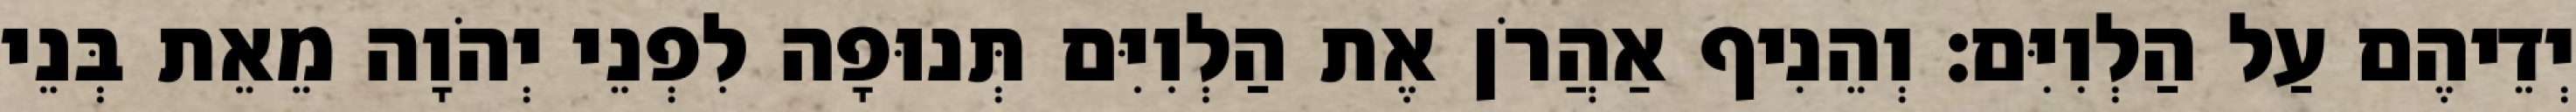
יְדֵיהֶם עַל הַלְוִיִּם׃ וְהֵנִיף אַהֲרֹן אֶת הַלְוִיִּם תְּנוּפָה לִפְנֵי יְהֹוָה מֵאֵת בְּנֵי